Senior Leaving Certificate Examination (including Day School Certificate (Higher) General paper), 1949
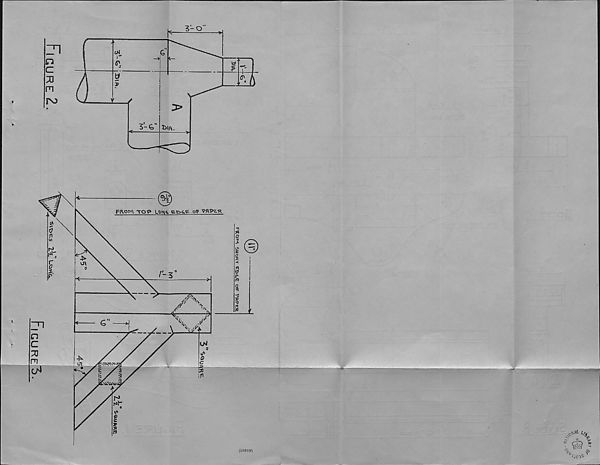
(S9519)
SHORT EDC.E <y? PBPER
«iK—
If*
7^00^
^ ^